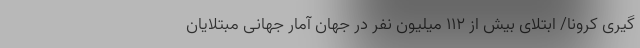
گیری کرونا/ ابتلای بیش از ۱۱۲ میلیون نفر در جهان آمار جهانیِ مبتلایان